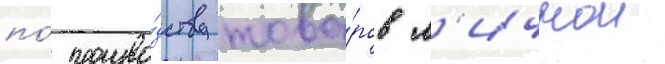
по́ произво́дству това́ров л'ичнои